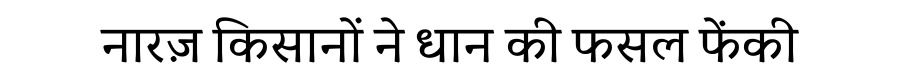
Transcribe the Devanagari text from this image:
नारज़ किसानों ने धान की फसल फेंकी